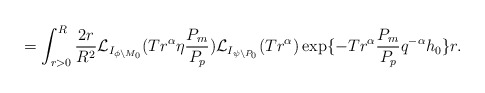
\begin{align*}=\int_{r>0}^{R}\frac{2r}{R^2}\mathcal{L}_{I_{\phi\setminus M_0}}(T r^\alpha \eta \frac{P_m}{P_p})\mathcal{L}_{I_{\psi\setminus P_0}}(Tr^\alpha) \exp\{-Tr^\alpha \frac{P_m}{P_p} {q}^{-\alpha}{h_0}\}r.\end{align*}